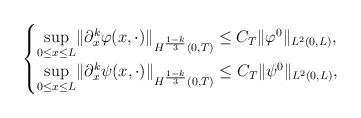
LaTeX: \begin{align*}\begin{cases}\underset{0\leq x \leq L}{\sup} \| \partial^k_x \varphi(x,\cdot)\|_{H^{\frac{1-k}3}(0,T)}\le C_T\|\varphi^0\|_{L^2(0,L)}, \\\underset{0\leq x \leq L}{\sup} \| \partial^k_x \psi(x,\cdot)\|_{H^{\frac{1-k}3}(0,T)}\le C_T\|\psi^0\|_{L^2(0,L)},\end{cases}\end{align*}